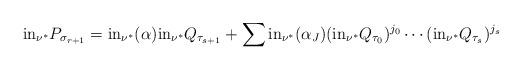
LaTeX: \begin{align*} {\rm in}_{\nu^*}P_{\sigma_{r+1}}={\rm in}_{\nu^*}(\alpha){\rm in}_{\nu^*}Q_{\tau_{s+1}} +\sum {\rm in}_{\nu^*}(\alpha_J)({\rm in}_{\nu^*}Q_{\tau_0})^{j_0}\cdots ({\rm in}_{\nu^*}Q_{\tau_s})^{j_s} \end{align*}